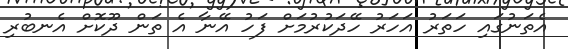
އެތަނުގައި ހަތަރު އަހަރު ހޭދަކުރުމަށް ފަހު އޭނާ އެ ތަން ދޫކޮށް އެނބުރި